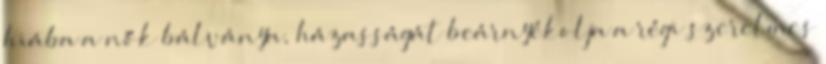
hiába a nők bálványa, házasságát beárnyékolja a régi szerelmes